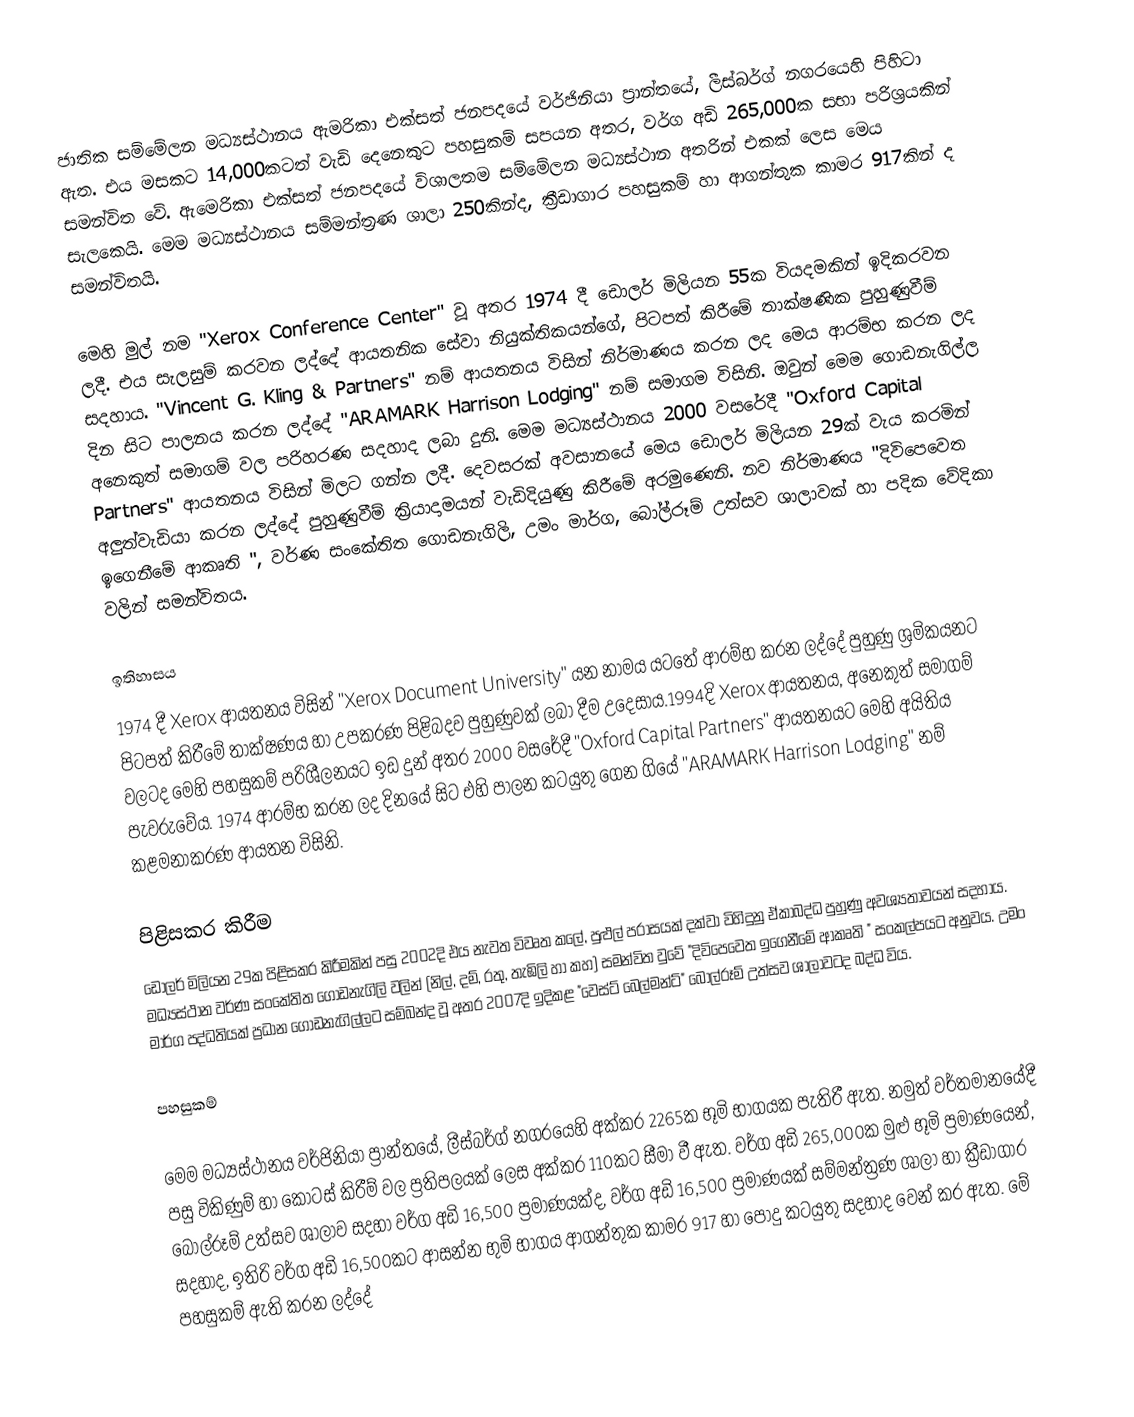
ජාතික සම්මේලන මධ්‍යස්ථානය ඇමරිකා එක්සත් ජනපදයේ වර්ජිනියා ප්‍රාන්තයේ, ලීස්බර්ග් නගරයෙහි පිහිටා ඇත. එය මසකට 14,000කටත් වැඩි දෙනෙකුට පහසුකම් සපයන අතර, වර්ග අඩි 265,000ක සභා පරිශ්‍රයකින් සමන්විත වේ. ඇමෙරිකා එක්සත් ජනපදයේ විශාලතම සම්මේලන මධ්‍යස්ථාන අතරින් එකක් ලෙස මෙය සැලකෙයි. මෙම මධ්‍යස්ථානය සම්මන්ත්‍රණ ශාලා 250කින්ද, ක්‍රීඩාගාර පහසුකම් හා ආගන්තුක කාමර 917කින් ද සමන්විතයි.

මෙහි මුල් නම "Xerox Conference Center" වූ අතර 1974 දී ඩොලර් මිලියන 55ක වියදමකින් ඉදිකරවන ලදී. එය සැලසුම් කරවන ලද්දේ ආයතනික සේවා නියුක්තිකයන්ගේ, පිටපත් කිරීමේ  තාක්ෂණික පුහුණුවීම් සදහාය.  "Vincent G. Kling & Partners" නම් ආයතනය විසින් නිර්මාණය කරන ලද මෙය ආරම්භ කරන ලද දින සිට පාලනය කරන ලද්දේ "ARAMARK Harrison Lodging" නම් සමාගම විසිනි. ඔවුන් මෙම ගොඩනැගිල්ල අනෙකුත් සමාගම් වල පරිහරණ සදහාද ලබා දුනි. මෙම මධ්‍යස්ථානය 2000 වසරේදී "Oxford Capital Partners" ආයතනය විසින් මිලට ගන්න ලදී. දෙවසරක් අවසානයේ මෙය ඩොලර් මිලියන 29ක් වැය කරමින් අලුත්වැඩියා කරන ලද්දේ පුහුණුවීම් ක්‍රියාදාමයන් වැඩිදියුණු කිරීමේ අරමුණෙනි. නව නිර්මාණය "දිවිපෙවෙත ඉගෙනීමේ ආකෘති ", වර්ණ සංකේතිත ගොඩනැගිලි, උමං මාර්ග, බෝල්රූම් උත්සව ශාලාවක් හා පදික වේදිකා වලින් සමන්විතය.

ඉතිහාසය
1974 දී Xerox ආයතනය විසින් "Xerox Document University" යන නාමය යටතේ ආරම්භ කරන ලද්දේ පුහුණු ශ්‍රමිකයනට  පිටපත් කිරීමේ තාක්ෂණය හා උපකරණ පිළිබදව පුහුණුවක් ලබා දීම උදෙසාය.1994දි  Xerox ආයතනය, අනෙකුත් සමාගම් වලටද මෙහි පහසුකම් පරිශීලනයට ඉඩ දුන් අතර 2000 වසරේදී "Oxford Capital Partners" ආයතනයට මෙහි අයිතිය පැවරුවේය. 1974 ආරම්භ කරන ලද දිනයේ සිට එහි පාලන කටයුතු ගෙන ගියේ "ARAMARK Harrison Lodging" නම් කළමනාකරණ ආයතන විසිනි.

පිළිසකර කිරීම
ඩොලර් මිලියන 29ක පිළිසකර කිරීමකින් පසු 2002දි එය නැවත විවෘත කලේ, පුළුල් පරාසයක් දක්වා විහිදුනු ඒකාබද්ධ පුහුණු අවශ්‍යතාවයන් සදහාය. මධ්‍යස්ථාන වර්ණ සංකේතිත ගොඩනැගිලි වලින් (නිල්, දම්, රතු, තැඹිලි හා කහ) සමන්විත වුවේ "දිවිපෙවෙත ඉගෙනීමේ ආකෘති " සංකල්පයට අනුවය. උමං මාර්ග පද්ධතියක් ප්‍රධාන ගොඩනැගිල්ලට සම්බන්ද වූ අතර  2007දි ඉදිකළ "වෙස්ට් බෙල්මන්ට්" බෝල්රූම් උත්සව ශාලාවටද බද්ධ විය.

පහසුකම්

මෙම මධ්‍යස්ථානය  වර්ජිනියා ප්‍රාන්තයේ, ලීස්බර්ග් නගරයෙහි අක්කර 2265ක භූමි භාගයක පැතිරී ඇත. නමුත් වර්තමානයේදී පසු විකිණුම් හා කොටස් කිරීම් වල ප්‍රතිපලයක් ලෙස අක්කර 110කට සීමා වී ඇත.   වර්ග අඩි 265,000ක  මුළු භූමි ප්‍රමාණයෙන්, බෝල්රූම් උත්සව ශාලාව සදහා  වර්ග අඩි 16,500 ප්‍රමාණයක්ද,  වර්ග අඩි 16,500 ප්‍රමාණයක් සම්මන්ත්‍රණ ශාලා  හා ක්‍රීඩාගාර සදහාද, ඉතිරි  වර්ග අඩි 16,500කට ආසන්න භුමි භාගය ආගන්තුක කාමර 917 හා පොදු කටයුතු සදහාද වෙන් කර ඇත. මේ පහසුකම් ඇති කරන ලද්දේ